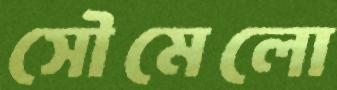
সৌমেলো